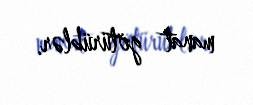
manat götürüblər.